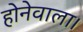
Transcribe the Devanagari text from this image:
होनेवाला।